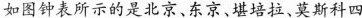
如图钟表所示的是北京、东京、堪培拉、莫斯科